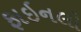
ફાઇનલો